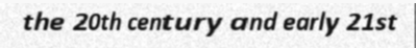
the 20th century and early 21st